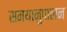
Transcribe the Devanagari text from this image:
समयानुपालन